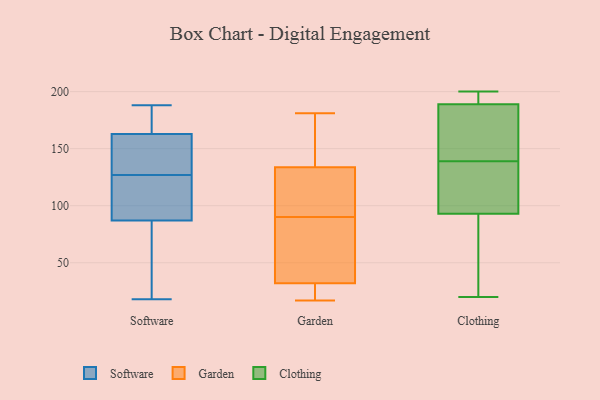
{"axis": {"x": "Website Visitors", "y": "Value"}, "legend": ["Clothing", "Garden", "Software"], "data": [{"x": "", "y": 180, "type": "Software"}, {"x": "", "y": 116, "type": "Software"}, {"x": "", "y": 18, "type": "Software"}, {"x": "", "y": 127, "type": "Software"}, {"x": "", "y": 87, "type": "Software"}, {"x": "", "y": 181, "type": "Software"}, {"x": "", "y": 38, "type": "Software"}, {"x": "", "y": 188, "type": "Software"}, {"x": "", "y": 87, "type": "Software"}, {"x": "", "y": 96, "type": "Software"}, {"x": "", "y": 128, "type": "Software"}, {"x": "", "y": 136, "type": "Software"}, {"x": "", "y": 157, "type": "Software"}, {"x": "", "y": 17, "type": "Garden"}, {"x": "", "y": 90, "type": "Garden"}, {"x": "", "y": 92, "type": "Garden"}, {"x": "", "y": 131, "type": "Garden"}, {"x": "", "y": 23, "type": "Garden"}, {"x": "", "y": 181, "type": "Garden"}, {"x": "", "y": 29, "type": "Garden"}, {"x": "", "y": 76, "type": "Garden"}, {"x": "", "y": 172, "type": "Garden"}, {"x": "", "y": 167, "type": "Garden"}, {"x": "", "y": 103, "type": "Garden"}, {"x": "", "y": 33, "type": "Garden"}, {"x": "", "y": 142, "type": "Garden"}, {"x": "", "y": 103, "type": "Garden"}, {"x": "", "y": 50, "type": "Garden"}, {"x": "", "y": 35, "type": "Garden"}, {"x": "", "y": 21, "type": "Garden"}, {"x": "", "y": 198, "type": "Clothing"}, {"x": "", "y": 190, "type": "Clothing"}, {"x": "", "y": 93, "type": "Clothing"}, {"x": "", "y": 200, "type": "Clothing"}, {"x": "", "y": 20, "type": "Clothing"}, {"x": "", "y": 121, "type": "Clothing"}, {"x": "", "y": 130, "type": "Clothing"}, {"x": "", "y": 131, "type": "Clothing"}, {"x": "", "y": 85, "type": "Clothing"}, {"x": "", "y": 169, "type": "Clothing"}, {"x": "", "y": 37, "type": "Clothing"}, {"x": "", "y": 175, "type": "Clothing"}, {"x": "", "y": 189, "type": "Clothing"}, {"x": "", "y": 147, "type": "Clothing"}]}